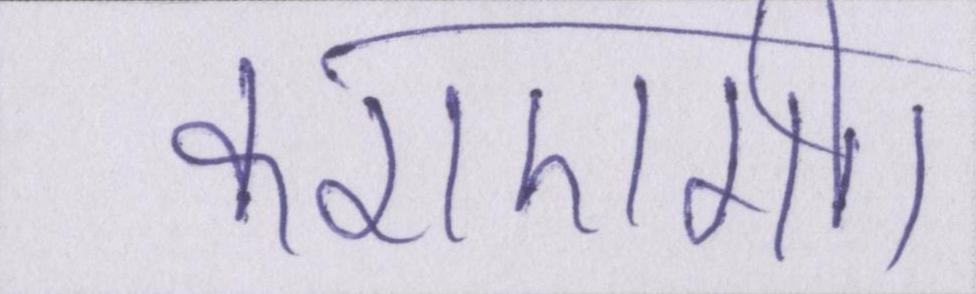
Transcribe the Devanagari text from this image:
कराएगी।